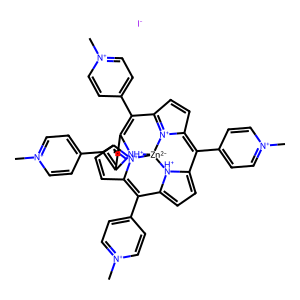
SMILES: C[n+]1ccc(C2=C3C=CC4=[N+]3[Zn-2]35[N+]6=C(C=CC6=C(c6cc[n+](C)cc6)C6=CC=C2[NH+]63)C(c2cc[n+](C)cc2)=C2C=CC(=C4c3cc[n+](C)cc3)[NH+]25)cc1.[I-]
Inhibits HIV replication: No